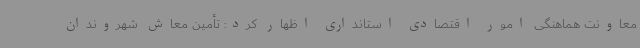
معاونت هماهنگی امور اقتصادی استانداری اظهار کرد: تأمین معاش شهروندان